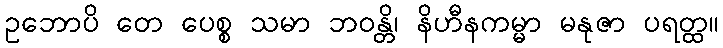
ဥဘောပိ တေ ပေစ္စ သမာ ဘဝန္တိ၊ နိဟီနကမ္မာ မနုဇာ ပရတ္ထ။